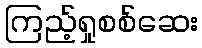
ကြည့်ရှုစစ်ဆေး